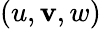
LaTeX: (u,\mathbf{v},w)